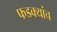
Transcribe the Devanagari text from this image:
फडक्यांच